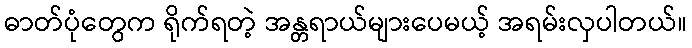
ဓာတ်ပုံတွေက ရိုက်ရတဲ့ အန္တရာယ်များပေမယ့် အရမ်းလှပါတယ်။